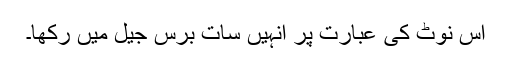
اس نوٹ کی عبارت پر انہیں سات برس جیل میں رکھا۔